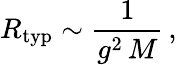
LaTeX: R_{\mathrm{typ}}\sim\frac{1}{g^{2}\, M}\, ,